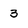
Character: 3